Scottish Certificate of Education, 1962
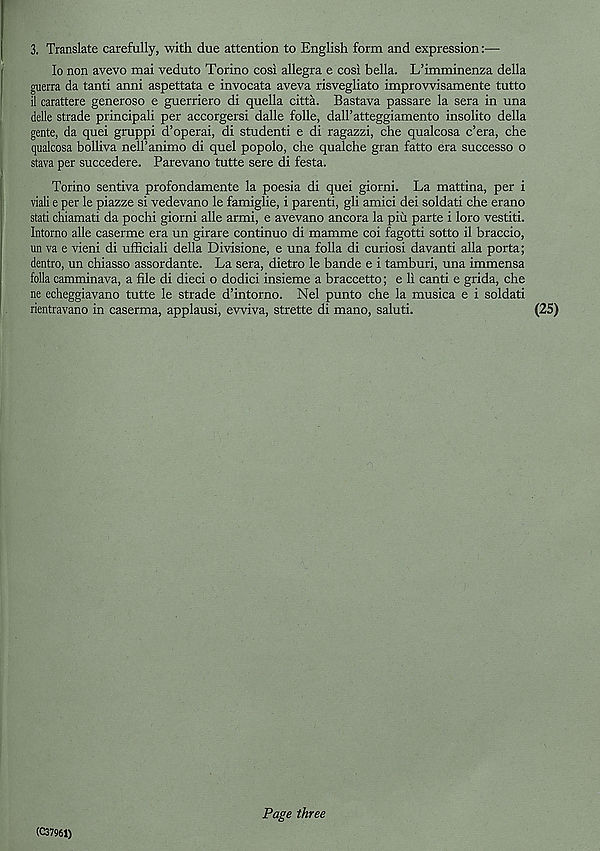
3. Translate carefully, with due attention to English form and expression:—
lo non avevo mai veduto Torino cosi allegra e cosi bella. L’imminenza della
guerra da tanti anni aspettata e invocata aveva risvegliato improwisamente tutto
il carattere generoso e guerriero di quella citta. Bastava passare la sera in una
delle strade principali per accorgersi dalle folle, dall’atteggiamento insolito della
gente, da quei gruppi d’operai, di studenti e di ragazzi, che qualcosa c’era, che
qualcosa bolliva nell’animo di quel popolo, che qualche gran fatto era successo o
stava per succedere. Parevano tutte sere di festa.
Torino sentiva profondamente la poesia di quei giorni. La mattina, per i
viali e per le piazze si vedevano le famiglie, i parenti, gli amici dei soldati che erano
stati chiamati da pochi giorni alle armi, e avevano ancora la piu parte i loro vestiti.
Intorno alle caserme era un girare continuo di mamme coi fagotti sotto il braccio,
un va e vieni di ufficiali della Divisione, e una folia di curiosi davanti alia porta;
dentro, un chiasso assordante. La sera, dietro le bande e i tamburi, una immensa
folia camminava, a file di dieci o dodici insieme a braccetto; e li canti e grida, che
ne echeggiavano tutte le strade d’intorno. Nel punto che la musica e i soldati
rientravano in caserma, applausi, ewiva, strette di mano, saluti.
(25)
(C37961)
Page three